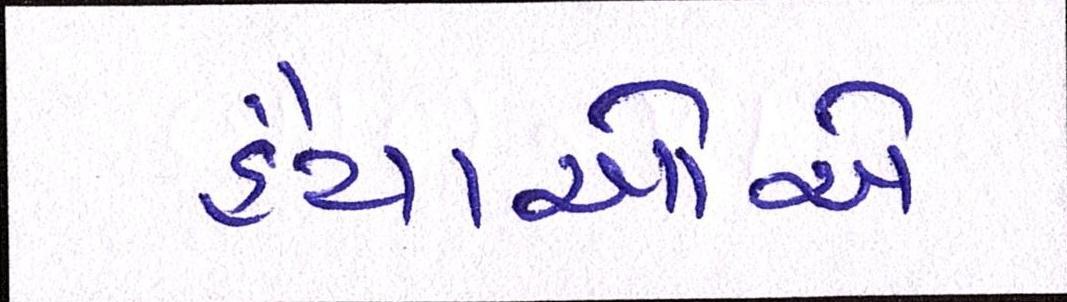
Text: હૈયાઓએ